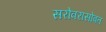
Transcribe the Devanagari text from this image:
सरोवरासोबत